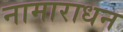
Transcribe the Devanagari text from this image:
नामाराधन